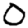
Digit: 0